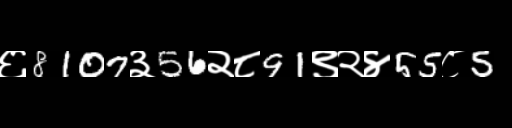
Text: ६8107३56२८91९२४55८5